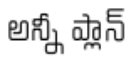
అన్నీ ప్లాన్